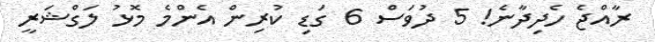
ރާއްޖެ ހެދިދާނެ! 5 ދުވަސް 6 ގަޑި ކުރިން އެންމެ މޮޅު ލަގްޝަރީ